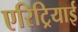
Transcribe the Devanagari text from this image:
एरिट्रियाई